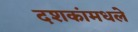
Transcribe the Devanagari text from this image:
दशकांमधले